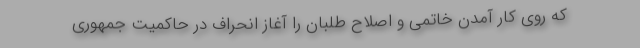
که روی کار آمدن خاتمی و اصلاح طلبان را آغاز انحراف در حاکمیت جمهوری